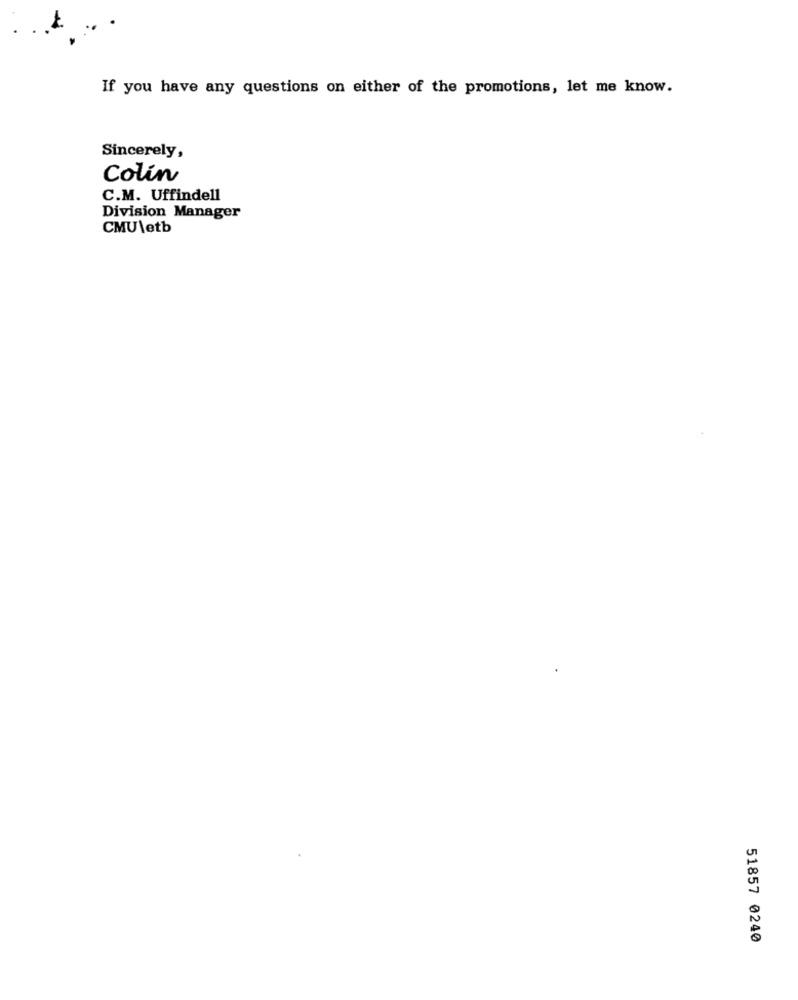
If you have any questions on either of the promotions, let me know.
Sincerely,
Colin
C.M. Uffindell
Division Manager
CMU\etb
51857 0240